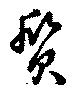
質